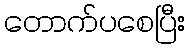
တောက်ပစေပြီး